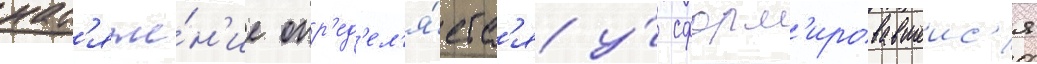
нат'яже́н'ие опр'ед'ел'я́етс'я у́ сформ'ировавшеис'я